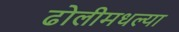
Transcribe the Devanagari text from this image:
ढोलीमधल्या